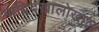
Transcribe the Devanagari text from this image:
माद्रिदखालोखाल